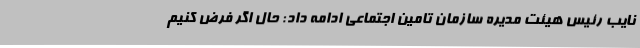
نایب رئیس هیئت مدیره سازمان تامین اجتماعی ادامه داد: حال اگر فرض کنیم